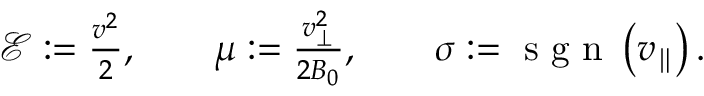
\begin{array} { r } { \mathscr { E } : = \frac { v ^ { 2 } } { 2 } , \qquad \mu : = \frac { v _ { \perp } ^ { 2 } } { 2 B _ { 0 } } , \qquad \sigma : = \mathrm { ~ s ~ g ~ n ~ } \left( v _ { \parallel } \right) . } \end{array}